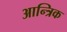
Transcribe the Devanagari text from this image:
आन्त्रिक